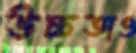
উচ্চতাও